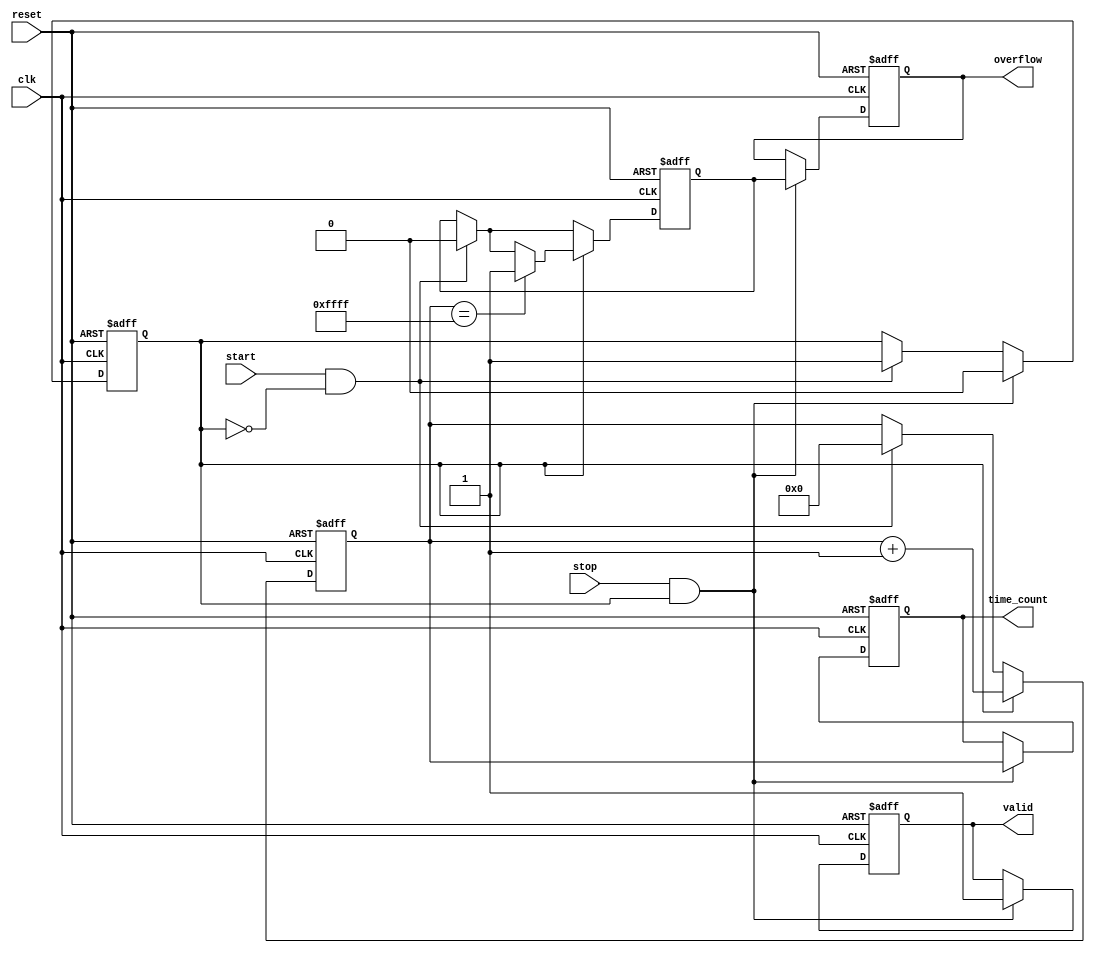
module TDC (
    input wire clk,                    // High-speed clock
    input wire start,                  // Start signal
    input wire stop,                   // Stop signal
    input wire reset,                  // Reset signal
    output reg [15:0] time_count,      // Time interval count output
    output reg valid,                  // Valid data output
    output reg overflow                // Overflow condition
);
    reg [15:0] counter;                // Digital counter
    reg counting;                      // Counting state
    reg [15:0] memory [0:255];        // Memory block for storing counts
    reg [7:0] write_pointer;          // Pointer for writing to memory
    reg [7:0] read_pointer;           // Pointer for reading from memory
    reg overflow_flag;                // Flag for overflow

    // State machine for controlling counting operations
    always @(posedge clk or posedge reset) begin
        if (reset) begin
            counter <= 16'b0;
            time_count <= 16'b0;
            write_pointer <= 8'b0;
            read_pointer <= 8'b0;
            counting <= 1'b0;
            valid <= 1'b0;
            overflow <= 1'b0;
            overflow_flag <= 1'b0;
        end else begin
            if (start && ~counting) begin
                // Start counting when start signal is high
                counting <= 1'b1;
                counter <= 16'b0;
                overflow_flag <= 1'b0;
            end
            
            if (counting) begin
                // Increment the counter on each clock cycle
                counter <= counter + 1;
                // Check for overflow (if counter exceeds maximum value)
                if (counter == 16'hFFFF) begin
                    overflow_flag <= 1'b1;
                end
            end

            if (stop && counting) begin
                // Stop counting when stop signal is high
                counting <= 1'b0;
                time_count <= counter; // Store the count value
                valid <= 1'b1;        // Indicate valid data
                overflow <= overflow_flag; // Pass overflow status

                // Store the count in the memory block
                if (write_pointer < 8'd255) begin
                    memory[write_pointer] <= counter;
                    write_pointer <= write_pointer + 1;
                end
            end
        end
    end

    // Optional output to read the memory counts
    // Reading from memory could be implemented as required

endmodule